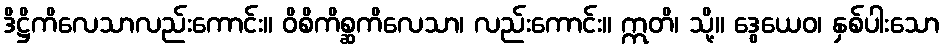
ဒိဋ္ဌိကိလေသာလည်းကောင်း။ ဝိစိကိစ္ဆကိလေသာ၊ လည်းကောင်း။ ဣတိ၊ သို့။ ဒွေယေဝ၊ နှစ်ပါးသော